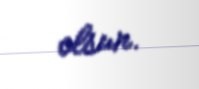
olsun.